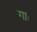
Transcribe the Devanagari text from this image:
गाः